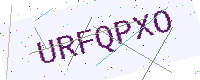
Text: URFQPXO